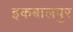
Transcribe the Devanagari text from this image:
इकबालपुर